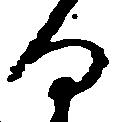
る